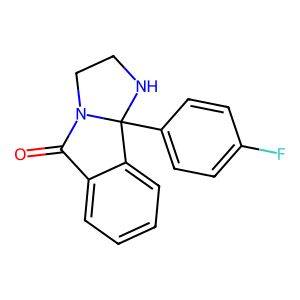
SMILES: O=C1c2ccccc2C2(c3ccc(F)cc3)NCCN12
Inhibits HIV replication: No